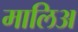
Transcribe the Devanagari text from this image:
मालिअ